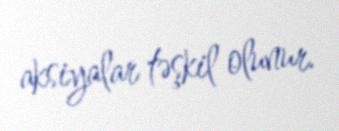
aksiyalar təşkil olunur.